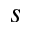
s